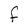
Character: F